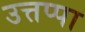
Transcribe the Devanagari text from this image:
उत्तप्पा